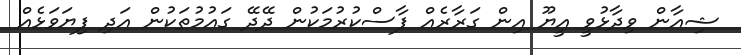
ޝިއާން ވިދާޅުވީ އީޔޫ އިން ގަރާރެއް ފާސްކުރުމަކުން ދޭދޭ ގައުމުތަކުން އަދި ފިޔަވަޅެއް